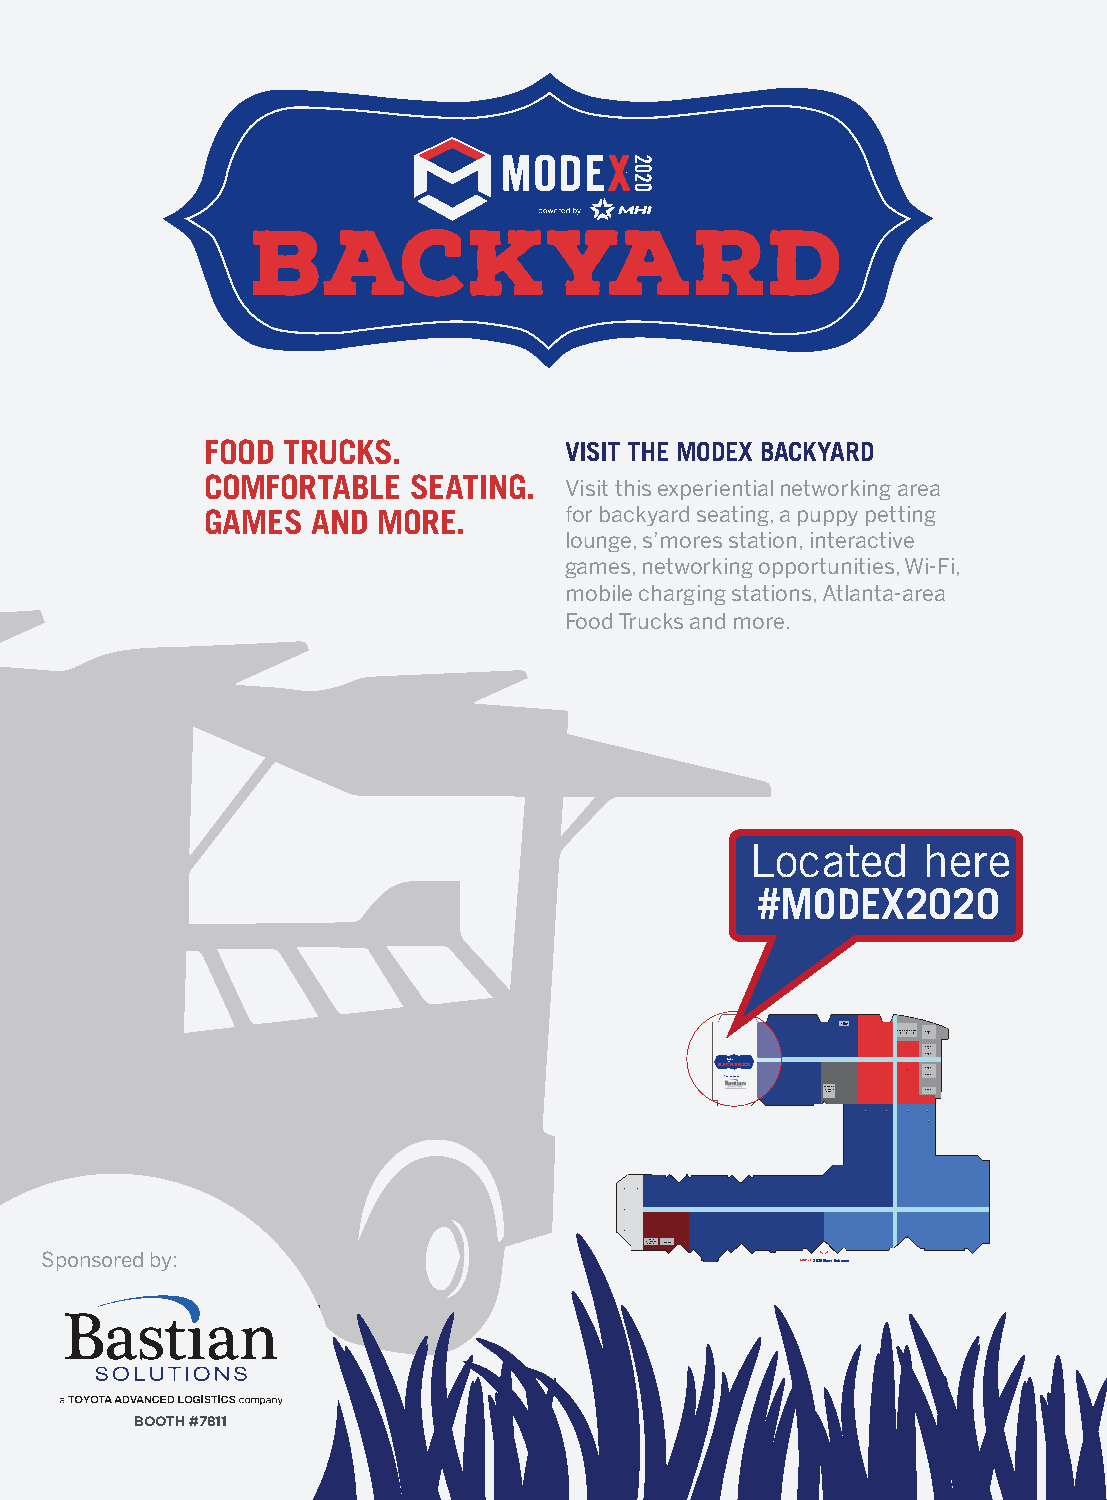
FOOD TRUCKS.           VISIT THE MODEX BACKYARD
 COMFORTABLE  SEATING.  Visit this experiential networking area
 GAMES  AND MORE.       for backyard seating, a puppy petting
 lounge, s’mores station, interactive
 games, networking opportunities, Wi-Fi,
 mobile charging stations, Atlanta-area
 Food Trucks and more.
 Located    here
 #MODEX2020
 SusTtahRiePnaAatbeirlity
 TheAaterTheBaterTheCater TheDater
 TT hh eeE Faa tt ee rr
 Sponsored by:
 TT hh ee HGaa tt ee rr
 Tra&nTLshopegoairtstetaritcison TheaIter
 TeEcTmhheneroagltoiengrgies IoT Theater
 Sponsored by:
 2020 Show Entrance
 BOOTH #7811
 21 MODEX 2020